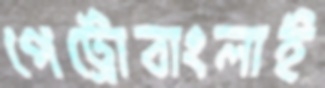
পেট্রোবাংলাই